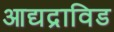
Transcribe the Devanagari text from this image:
आद्यद्राविड